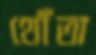
থোঁতা